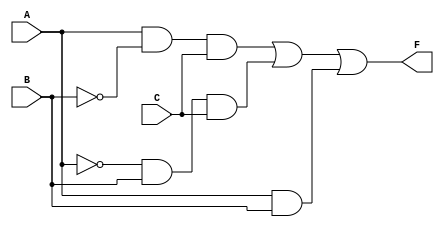
module combinational_logic_block (
    input wire A,  // Input variable A
    input wire B,  // Input variable B
    input wire C,  // Input variable C
    output wire F  // Output of the Boolean function
);

// Internal signals for essential prime implicants
wire p1, p2, p3;

// Define essential prime implicants
// Example EPIs based on the minterms provided
assign p1 = A & ~B & C; // Covers minterm 5 (101)
assign p2 = ~A & B & C; // Covers minterm 6 (011)
assign p3 = A & B;      // Covers minterms 6 (011) and 7 (111)

// Combine EPIs to produce the final output
assign F = p1 | p2 | p3; // Final output based on EPIs

endmodule